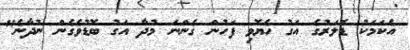
އެކަމަކު ޑޮލަރުގެ އަގު ހެޔޮވި ފަހުން ގެންނަ މުދާ އަގު ބޮޑުވެގެން ނުދާނެ"